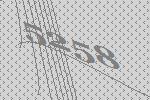
5258